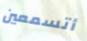
أتسمعين